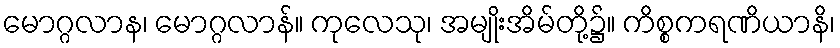
မောဂ္ဂလာန၊ မောဂ္ဂလာန်။ ကုလေသု၊ အမျိုးအိမ်တို့၌။ ကိစ္စကရဏိယာနိ၊